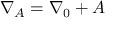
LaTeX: \nabla _ { A } = \nabla _ { 0 } + A